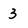
Character: 3